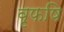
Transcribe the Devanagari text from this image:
वृफषि